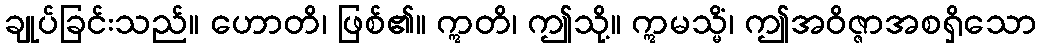
ချုပ်ခြင်းသည်။ ဟောတိ၊ ဖြစ်၏။ ဣတိ၊ ဤသို့။ ဣမသ္မိံ၊ ဤအဝိဇ္ဇာအစရှိသော